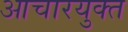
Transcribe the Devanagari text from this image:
आचारयुक्त